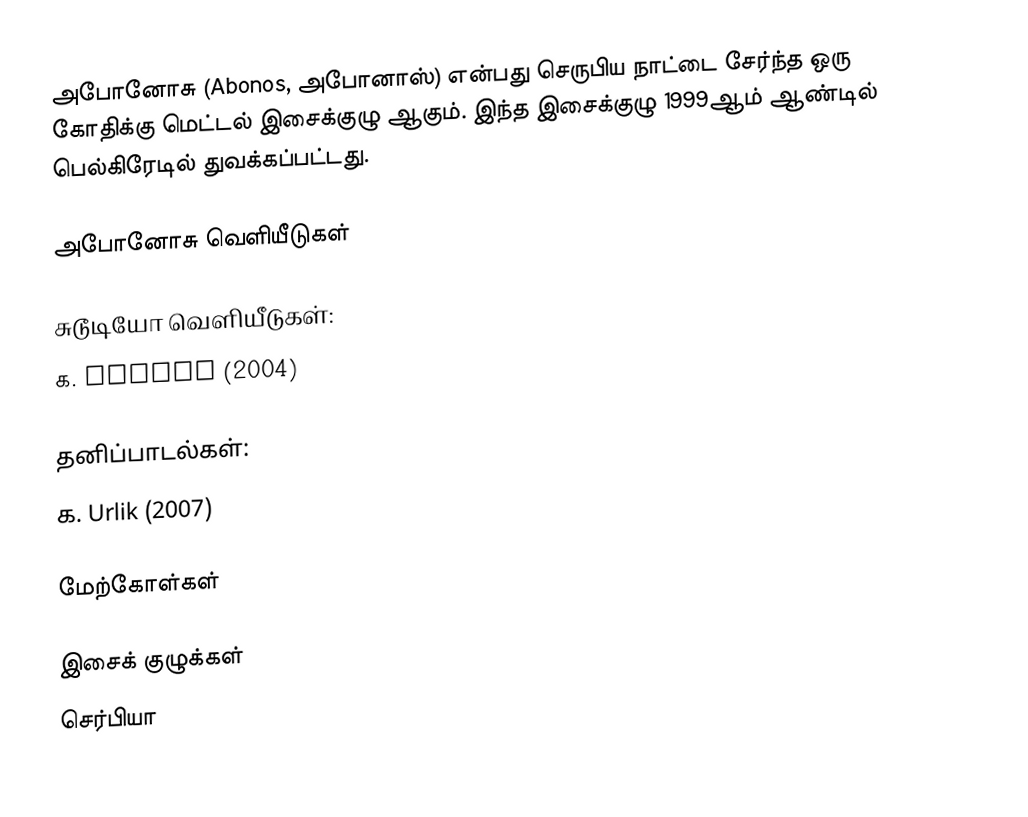
அபோனோசு (Abonos, அபோனாஸ்) என்பது செருபிய நாட்டை சேர்ந்த ஒரு கோதிக்கு மெட்டல் இசைக்குழு ஆகும். இந்த இசைக்குழு 1999ஆம் ஆண்டில் பெல்கிரேடில் துவக்கப்பட்டது.

அபோனோசு வெளியீடுகள்

சுடூடியோ வெளியீடுகள்:
௧. Abonos (2004)

தனிப்பாடல்கள்:
௧. Urlik (2007)

மேற்கோள்கள்

இசைக் குழுக்கள்
செர்பியா